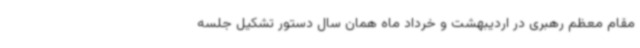
مقام معظم رهبری در اردیبهشت و خرداد ماه همان سال دستور تشکیل جلسه